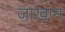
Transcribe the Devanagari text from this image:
जाखान